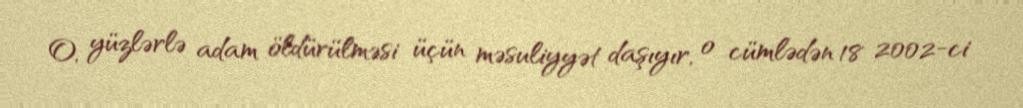
O, yüzlərlə adam öldürülməsi üçün məsuliyyət daşıyır, o cümlədən 18 2002-ci